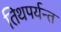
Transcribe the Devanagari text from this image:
तिथपर्यन्त